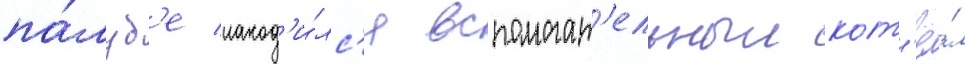
па́луб'е наход'и́лс'я вспомогат'ельныи кот'ё́л